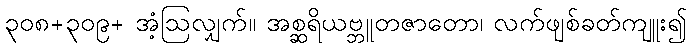
၃၀၈+၃၀၉+ အံ့ဩလျှက်။ အစ္ဆရိယဗ္ဘူတဇာတော၊ လက်ဖျစ်ခတ်ကျူး၍